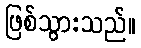
ဖြစ်သွားသည်။